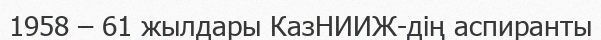
1958 – 61 жылдары КазНИИЖ-дің аспиранты